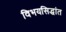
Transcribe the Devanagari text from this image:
विभयसिद्धांत